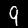
Label: 9